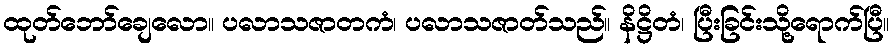
ထုတ်ဘော်ချေလော။ ပလာသဇာတကံ၊ ပလာသဇာတ်သည်။ နိဋ္ဌိတံ၊ ပြီးခြင်းသို့ရောက်ပြီ။